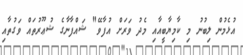
އުޅެމުން ލިބުނު މި ކާމިޔާބީއާއި މެދު ވަރަށް އުފާވޭ" ޝައްފާނާގެ ޝުޢޫރުތައް ވަގުތާއި